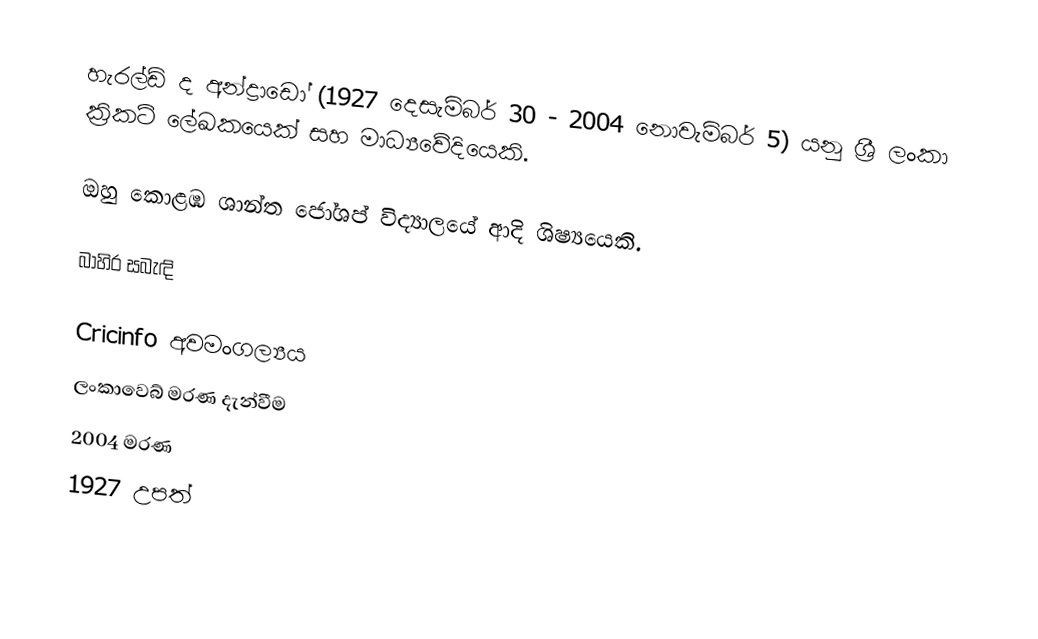
හැරල්ඩ් ද අන්ද්‍රාඩෝ (1927 දෙසැම්බර් 30 - 2004 නොවැම්බර් 5) යනු ශ්‍රී ලංකා ක්‍රිකට් ලේඛකයෙක් සහ මාධ්‍යවේදියෙකි.

ඔහු කොළඹ ශාන්ත ජෝශප් විද්‍යාලයේ ආදි ශිෂ්‍යයෙකි.

බාහිර සබැඳි

 Cricinfo අවමංගල්‍යය
 ලංකාවෙබ් මරණ දැන්වීම
2004 මරණ
1927 උපත්